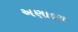
અણાદરા